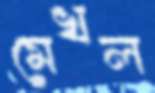
মেখল